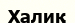
Халиқ